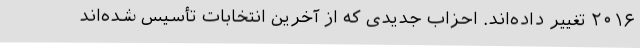
۲۰۱۶ تغییر داده‌اند. احزاب جدیدی که از آخرین انتخابات تأسیس شده‌اند